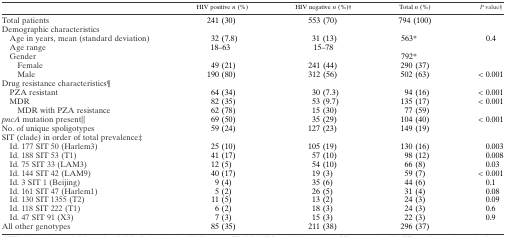
<table><thead><tr><td></td><td><b>HIV positive <i>n</i> (%)</b></td><td><b>HIV negative <i>n</i> (%)†</b></td><td><b>Total <i>n</i> (%)</b></td><td><b><i>P</i> value§</b></td></tr></thead><tbody><tr><td>Total patients</td><td>241 (30)</td><td>553 (70)</td><td>794 (100)</td><td></td></tr><tr><td colspan="5">Demographic characteristics</td></tr><tr><td> Age in years, mean (standard deviation)</td><td>32 (7.8)</td><td>31 (13)</td><td>563*</td><td>0.4</td></tr><tr><td> Age range</td><td>18–63</td><td>15–78</td><td></td><td></td></tr><tr><td> Gender</td><td></td><td></td><td>792*</td><td></td></tr><tr><td>Female</td><td>49 (21)</td><td>241 (44)</td><td>290 (37)</td><td></td></tr><tr><td>Male</td><td>190 (80)</td><td>312 (56)</td><td>502 (63)</td><td>&lt; 0.001</td></tr><tr><td colspan="5">Drug resistance characteristics¶</td></tr><tr><td> PZA resistant</td><td>64 (34)</td><td>30 (7.3)</td><td>94 (16)</td><td>&lt; 0.001</td></tr><tr><td> MDR</td><td>82 (35)</td><td>53 (9.7)</td><td>135 (17)</td><td>&lt; 0.001</td></tr><tr><td>MDR with PZA resistance</td><td>62 (78)</td><td>15 (30)</td><td>77 (59)</td><td></td></tr><tr><td><i>pncA</i> mutation present∥</td><td>69 (50)</td><td>35 (29)</td><td>104 (40)</td><td>&lt; 0.001</td></tr><tr><td>No. of unique spoligotypes</td><td>59 (24)</td><td>127 (23)</td><td>149 (19)</td><td></td></tr><tr><td colspan="5">SIT (clade) in order of total prevalence‡</td></tr><tr><td> Id. 177 SIT 50 (Harlem3)</td><td>25 (10)</td><td>105 (19)</td><td>130 (16)</td><td>0.003</td></tr><tr><td> Id. 188 SIT 53 (T1)</td><td>41 (17)</td><td>57 (10)</td><td>98 (12)</td><td>0.008</td></tr><tr><td> Id. 75 SIT 33 (LAM3)</td><td>12 (5)</td><td>54 (10)</td><td>66 (8)</td><td>0.03</td></tr><tr><td> Id. 144 SIT 42 (LAM9)</td><td>40 (17)</td><td>19 (3)</td><td>59 (7)</td><td>&lt; 0.001</td></tr><tr><td> Id. 3 SIT 1 (Beijing)</td><td>9 (4)</td><td>35 (6)</td><td>44 (6)</td><td>0.1</td></tr><tr><td> Id. 161 SIT 47 (Harlem1)</td><td>5 (2)</td><td>26 (5)</td><td>31 (4)</td><td>0.08</td></tr><tr><td> Id. 130 SIT 1355 (T2)</td><td>11 (5)</td><td>13 (2)</td><td>24 (3)</td><td>0.09</td></tr><tr><td> Id. 118 SIT 222 (T1)</td><td>6 (2)</td><td>18 (3)</td><td>24 (3)</td><td>0.6</td></tr><tr><td> Id. 47 SIT 91 (X3)</td><td>7 (3)</td><td>15 (3)</td><td>22 (3)</td><td>0.9</td></tr><tr><td>All other genotypes</td><td>85 (35)</td><td>211 (38)</td><td>296 (37)</td><td></td></tr></tbody></table>